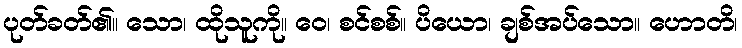
ပုတ်ခတ်၏။ သော၊ ထိုသူကို။ ဝေ၊ စင်စစ်။ ပိယော၊ ချစ်အပ်သော။ ဟောတိ၊